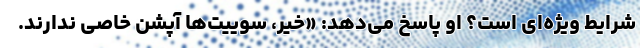
شرایط ویژه‌ای است؟ او پاسخ می‌دهد: «خیر، سوییت‌ها آپشن خاصی ندارند.